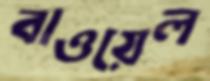
বাওয়েল